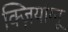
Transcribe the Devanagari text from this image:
क्ज़ियांग्नू